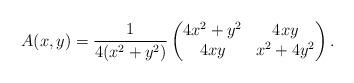
LaTeX: \begin{align*}A(x,y) = \frac{1}{4(x^2+y^2)} \begin{pmatrix}4x^2 + y^2 & 4xy \\4xy & x^2+4y^2\end{pmatrix}.\end{align*}